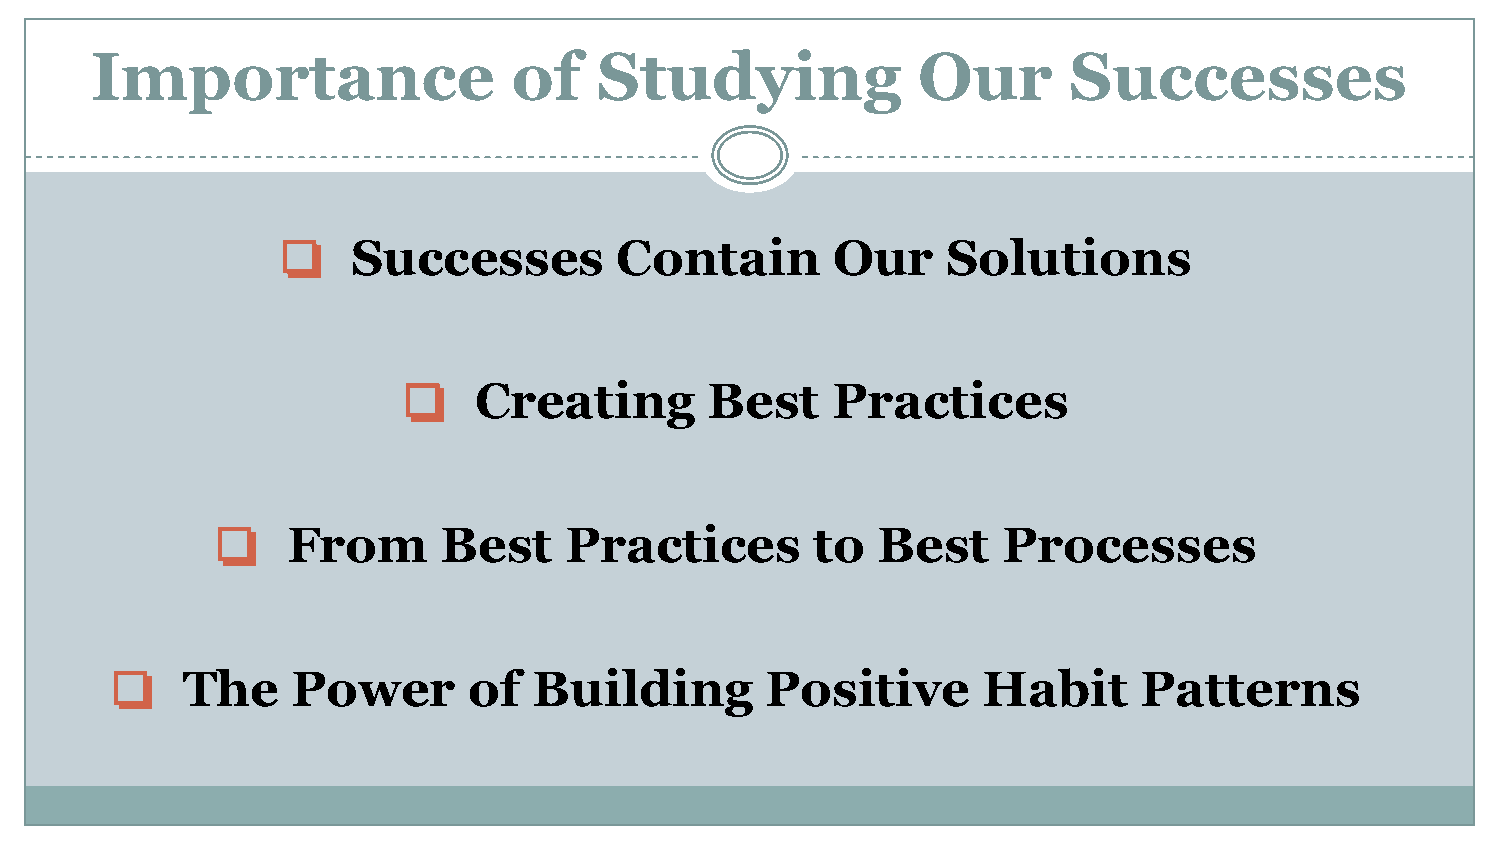
Importance                  of    Studying             Our       Successes
 ❏   Successes         Contain       Our     Solutions
 ❏   Creating        Best    Practices
 ❏    From      Best    Practices        to  Best    Processes
 ❏    The    Power       of  Building        Positive      Habit      Patterns